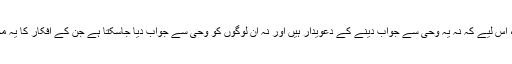
تو ان کے پاس صرف ایک جواب ہوگا کہ عقلی دلائل کی بنیاد پر، اس لیے کہ نہ یہ وحی سے جواب دینے کے دعویدار ہیں اور نہ اُن لوگوں کو وحی سے جواب دیا جاسکتا ہے جن کے افکار کا یہ محاکمہ کر رہے ہیں اور یہ جواب ان کے سارے دلائل کا قاتل ہے۔